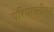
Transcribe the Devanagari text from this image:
परिघापलीकडे